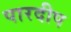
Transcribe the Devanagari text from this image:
पारदीप